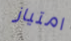
امتياز